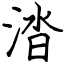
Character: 涾